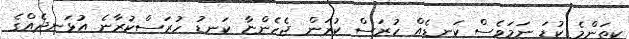
ކިތަންމެ ކުޑަ ނަމަވެސް ކަނޑެއް ހުރަސް ކުރަން ޖެހެންޏާ ކަނޑު ހުރަސްކުރާނެ އުޅަނދެއްގެ